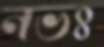
নভঃ